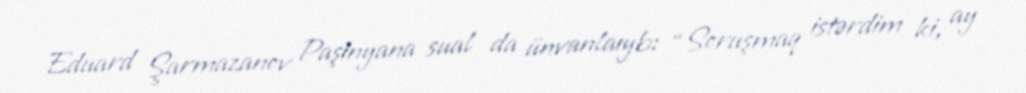
Eduard Şarmazanov Paşinyana sual da ünvanlaıyb: “Soruşmaq istərdim ki, ay